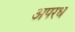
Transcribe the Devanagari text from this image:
अपरध